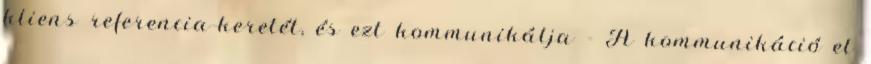
kliens referencia-keretét, és ezt kommunikálja - A kommunikáció el